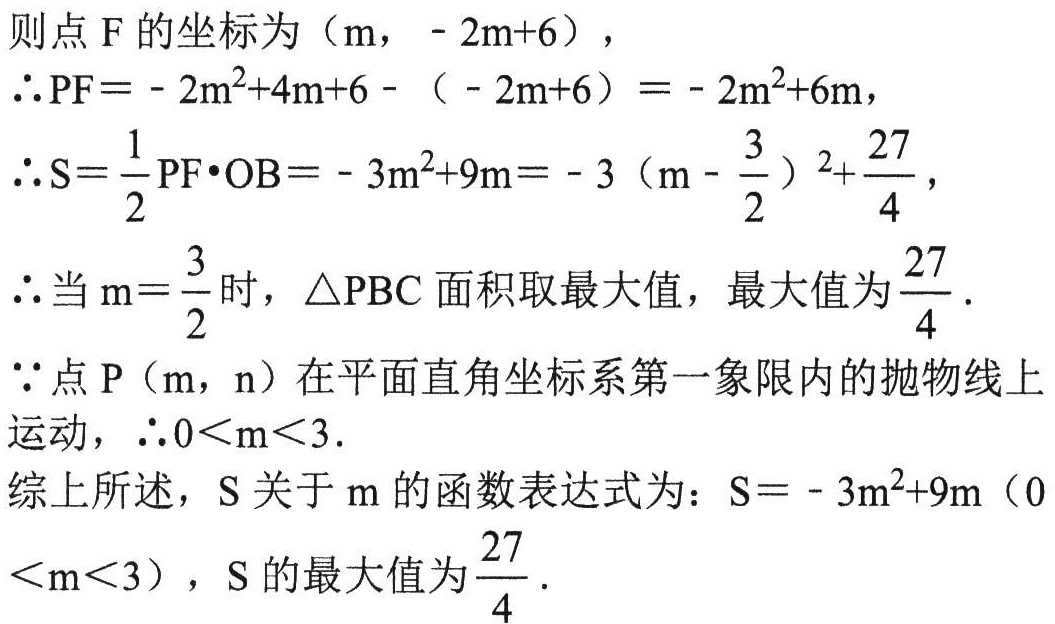
则点\(F\)的坐标为\((m, - 2m + 6)\)，
\(\therefore PF=-2m^{2}+4m + 6-(-2m + 6)=-2m^{2}+6m\)，
\(\therefore S=\frac{1}{2}PF\cdot OB=-3m^{2}+9m=-3\left(m - \frac{3}{2}\right)^{2}+\frac{27}{4}\)，
\(\therefore\)当\(m = \frac{3}{2}\)时，\(\triangle PBC\)面积取最大值，最大值为\(\frac{27}{4}\).
\(\because\)点\(P(m, n)\)在平面直角坐标系第一象限内的抛物线上运动，\(\therefore 0 < m < 3\).
综上所述，\(S\)关于\(m\)的函数表达式为：\(S=-3m^{2}+9m\ (0 < m < 3)\)，\(S\)的最大值为\(\frac{27}{4}\).